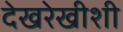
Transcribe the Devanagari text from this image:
देखरेखीशी